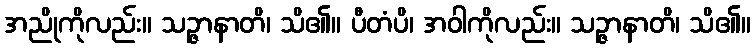
အညိုကိုလည်း။ သဉ္ဇာနာတိ၊ သိ၏။ ပီတံပိ၊ အဝါကိုလည်း။ သဉ္ဇာနာတိ၊ သိ၏။